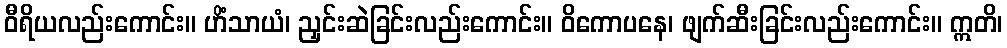
ဝီရိယလည်းကောင်း။ ဟိံသာယံ၊ ညှင်းဆဲခြင်းလည်းကောင်း။ ဝိကောပနေ၊ ဖျက်ဆီးခြင်းလည်းကောင်း။ ဣတိ၊